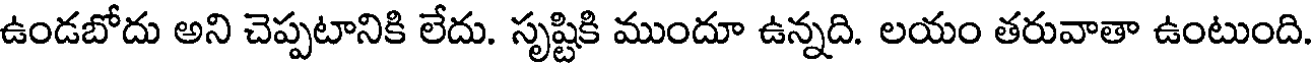
ఉండబోదు అని చెప్పటానికి లేదు. సృష్టికి ముందూ ఉన్నది. లయం తరువాతా ఉంటుంది.